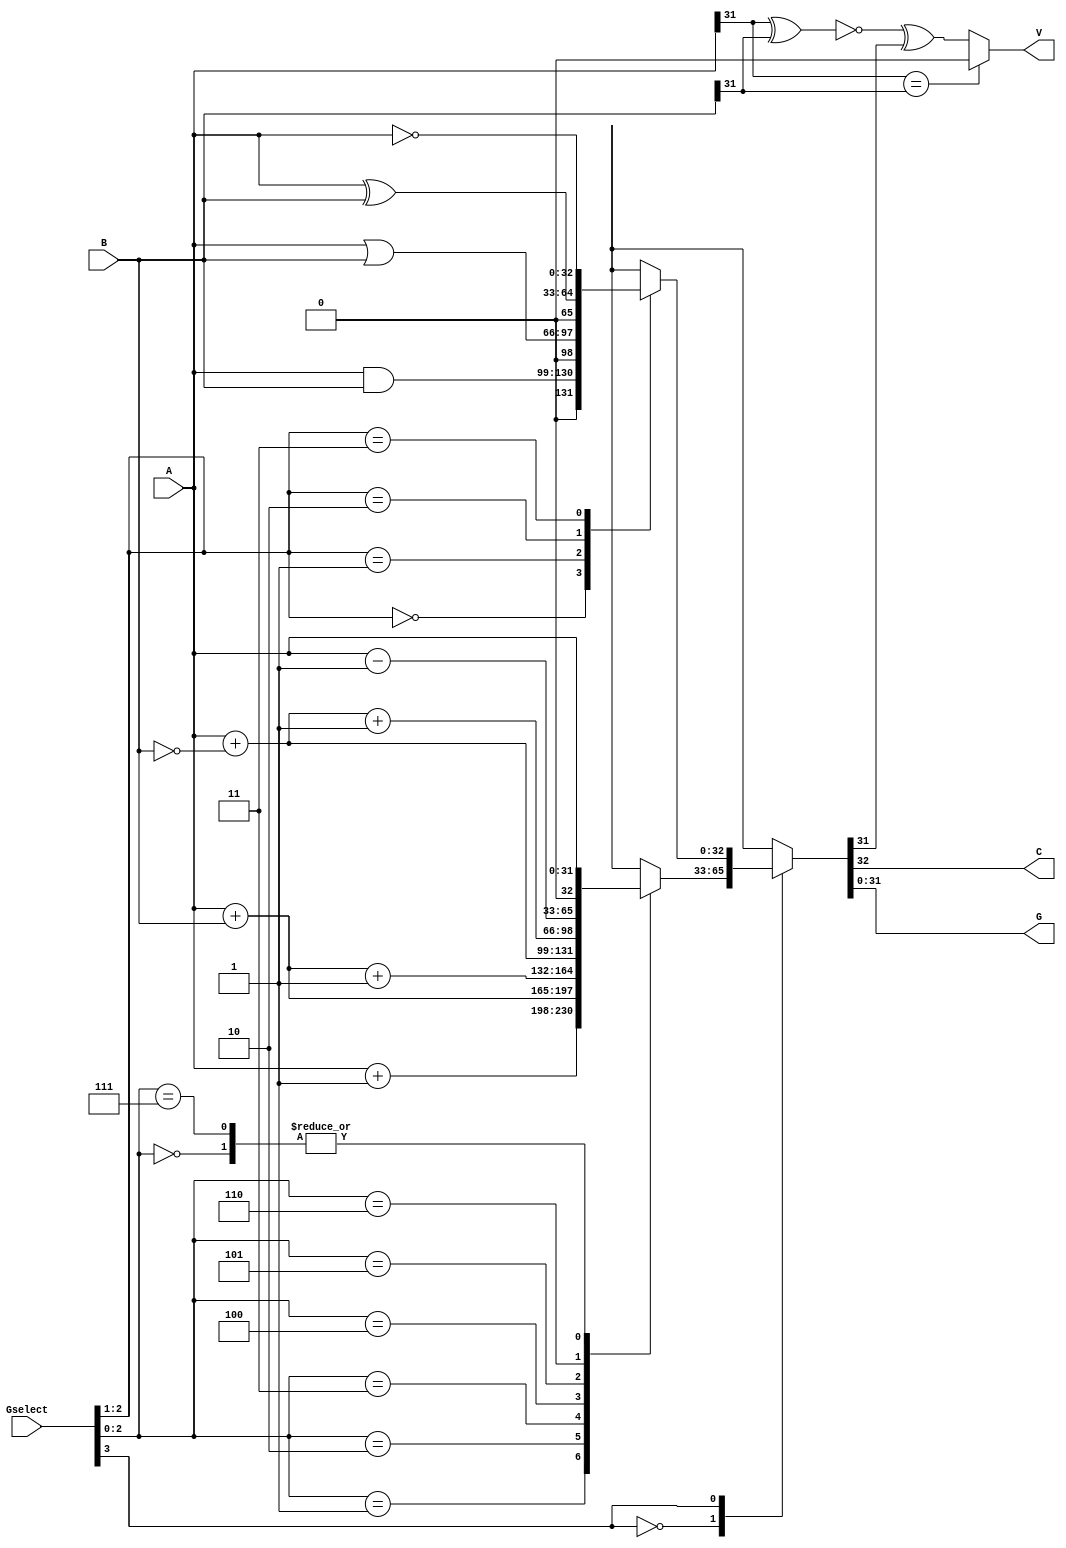
`timescale 1ns / 1ps
//////////////////////////////////////////////////////////////////////////////////
// Company: 
// Engineer: 
// 
// Design Name: 
// Module Name: alu
// Project Name: 
// Target Devices: 
// Tool Versions: 
// Description: 
// 
// Dependencies: 
// 
// Revision:
// Revision 0.01 - File Created
// Additional Comments:
// 
//////////////////////////////////////////////////////////////////////////////////


module alu(
   input [31:0]  A,  // Operand
   input [31:0]  B,  // Operand
   input [3:0] 	 Gselect, // Operation
   output reg    C,  // Carry
   output reg	 V,  // Overflow
   output [31:0] G  // Result 
);
   
   reg [32:0] result;
   assign G = result[31:0];
   
    localparam transferA = 3'b000;
    localparam incrementA = 3'b001;
    localparam addition = 3'b010;
    localparam add_carry1 = 3'b011;
    localparam A_plus_notB = 3'b100;
    localparam subtraction = 3'b101;
    localparam decrementA = 3'b110;    
    localparam transferA2 = 3'b111; 
    localparam andAB = 3'b00x;
    localparam orAB = 3'b01x;
    localparam xorAB = 3'b10x;
    localparam notA = 3'b11x;
     
    always @ (*)
    begin
           case(Gselect[3])
            0:
            begin 
                case(Gselect[2:0])
                    transferA: result=A;
                    incrementA: result = A+1;
                    addition:result = A+B;
                    add_carry1:result = A+B+1;
                    A_plus_notB:result = A+~B;
                    subtraction:result = A+~B+1;
                    decrementA:result = A-1;
                    transferA2:result = A;
                    default:result<=0; 
                 endcase
             end
             1:
             begin
                 casex(Gselect[2:0])
                    andAB: result = A&B;
                    orAB: result = A|B;
                    xorAB: result = A^B;
                    notA: result = ~A;   
                    default:result<=0;                 
                endcase
            end
        endcase        
       
        C <= result[32];
        V <= (A[31] == B[31]) ? 1'b0 : (~(A[31] ^ B[31])) ^ (G[31]);        
        
        
    end
 endmodule